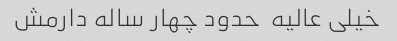
خیلی عالیه  حدود چهار ساله دارمش